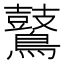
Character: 𪇀